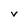
Character: V